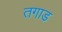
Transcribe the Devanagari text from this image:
तगाड